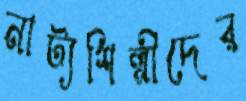
নাট্যশিল্পীদের